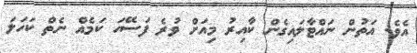
އެވެ. އަތުން ނައްޓާލައިގެން ކާއިރު މިއަށް ވުރެ ފަސޭހަ ކަމެއް ނެތް ކަހަލަ